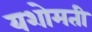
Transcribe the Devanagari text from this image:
यशोमती